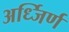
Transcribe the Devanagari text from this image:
अर्ध्जिर्ण